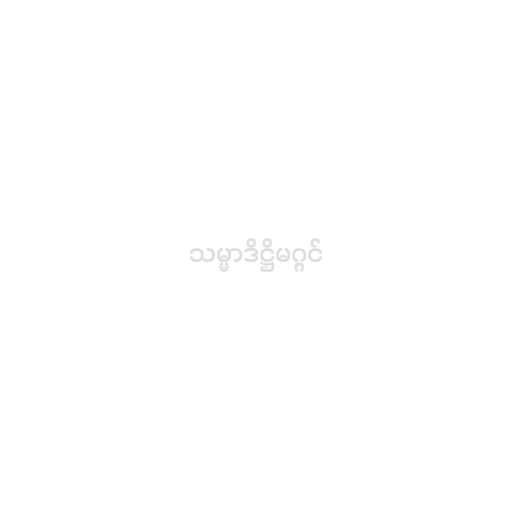
သမ္မာဒိဋ္ဌိမဂ္ဂင်